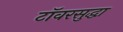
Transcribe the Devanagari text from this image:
टॉवरसुद्धा